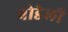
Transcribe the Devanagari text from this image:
बोडेली